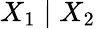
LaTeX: X_{1}\mid X_{2}